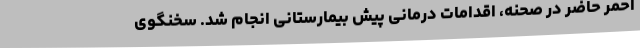
احمر حاضر در صحنه، اقدامات درمانی پیش بیمارستانی انجام شد. سخنگوی